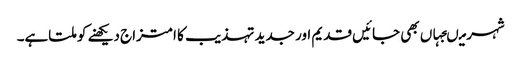
شہر میںجہاں بھی جائیں قدیم اور جدید تہذیب کا امتزاج دیکھنے کو ملتاہے۔